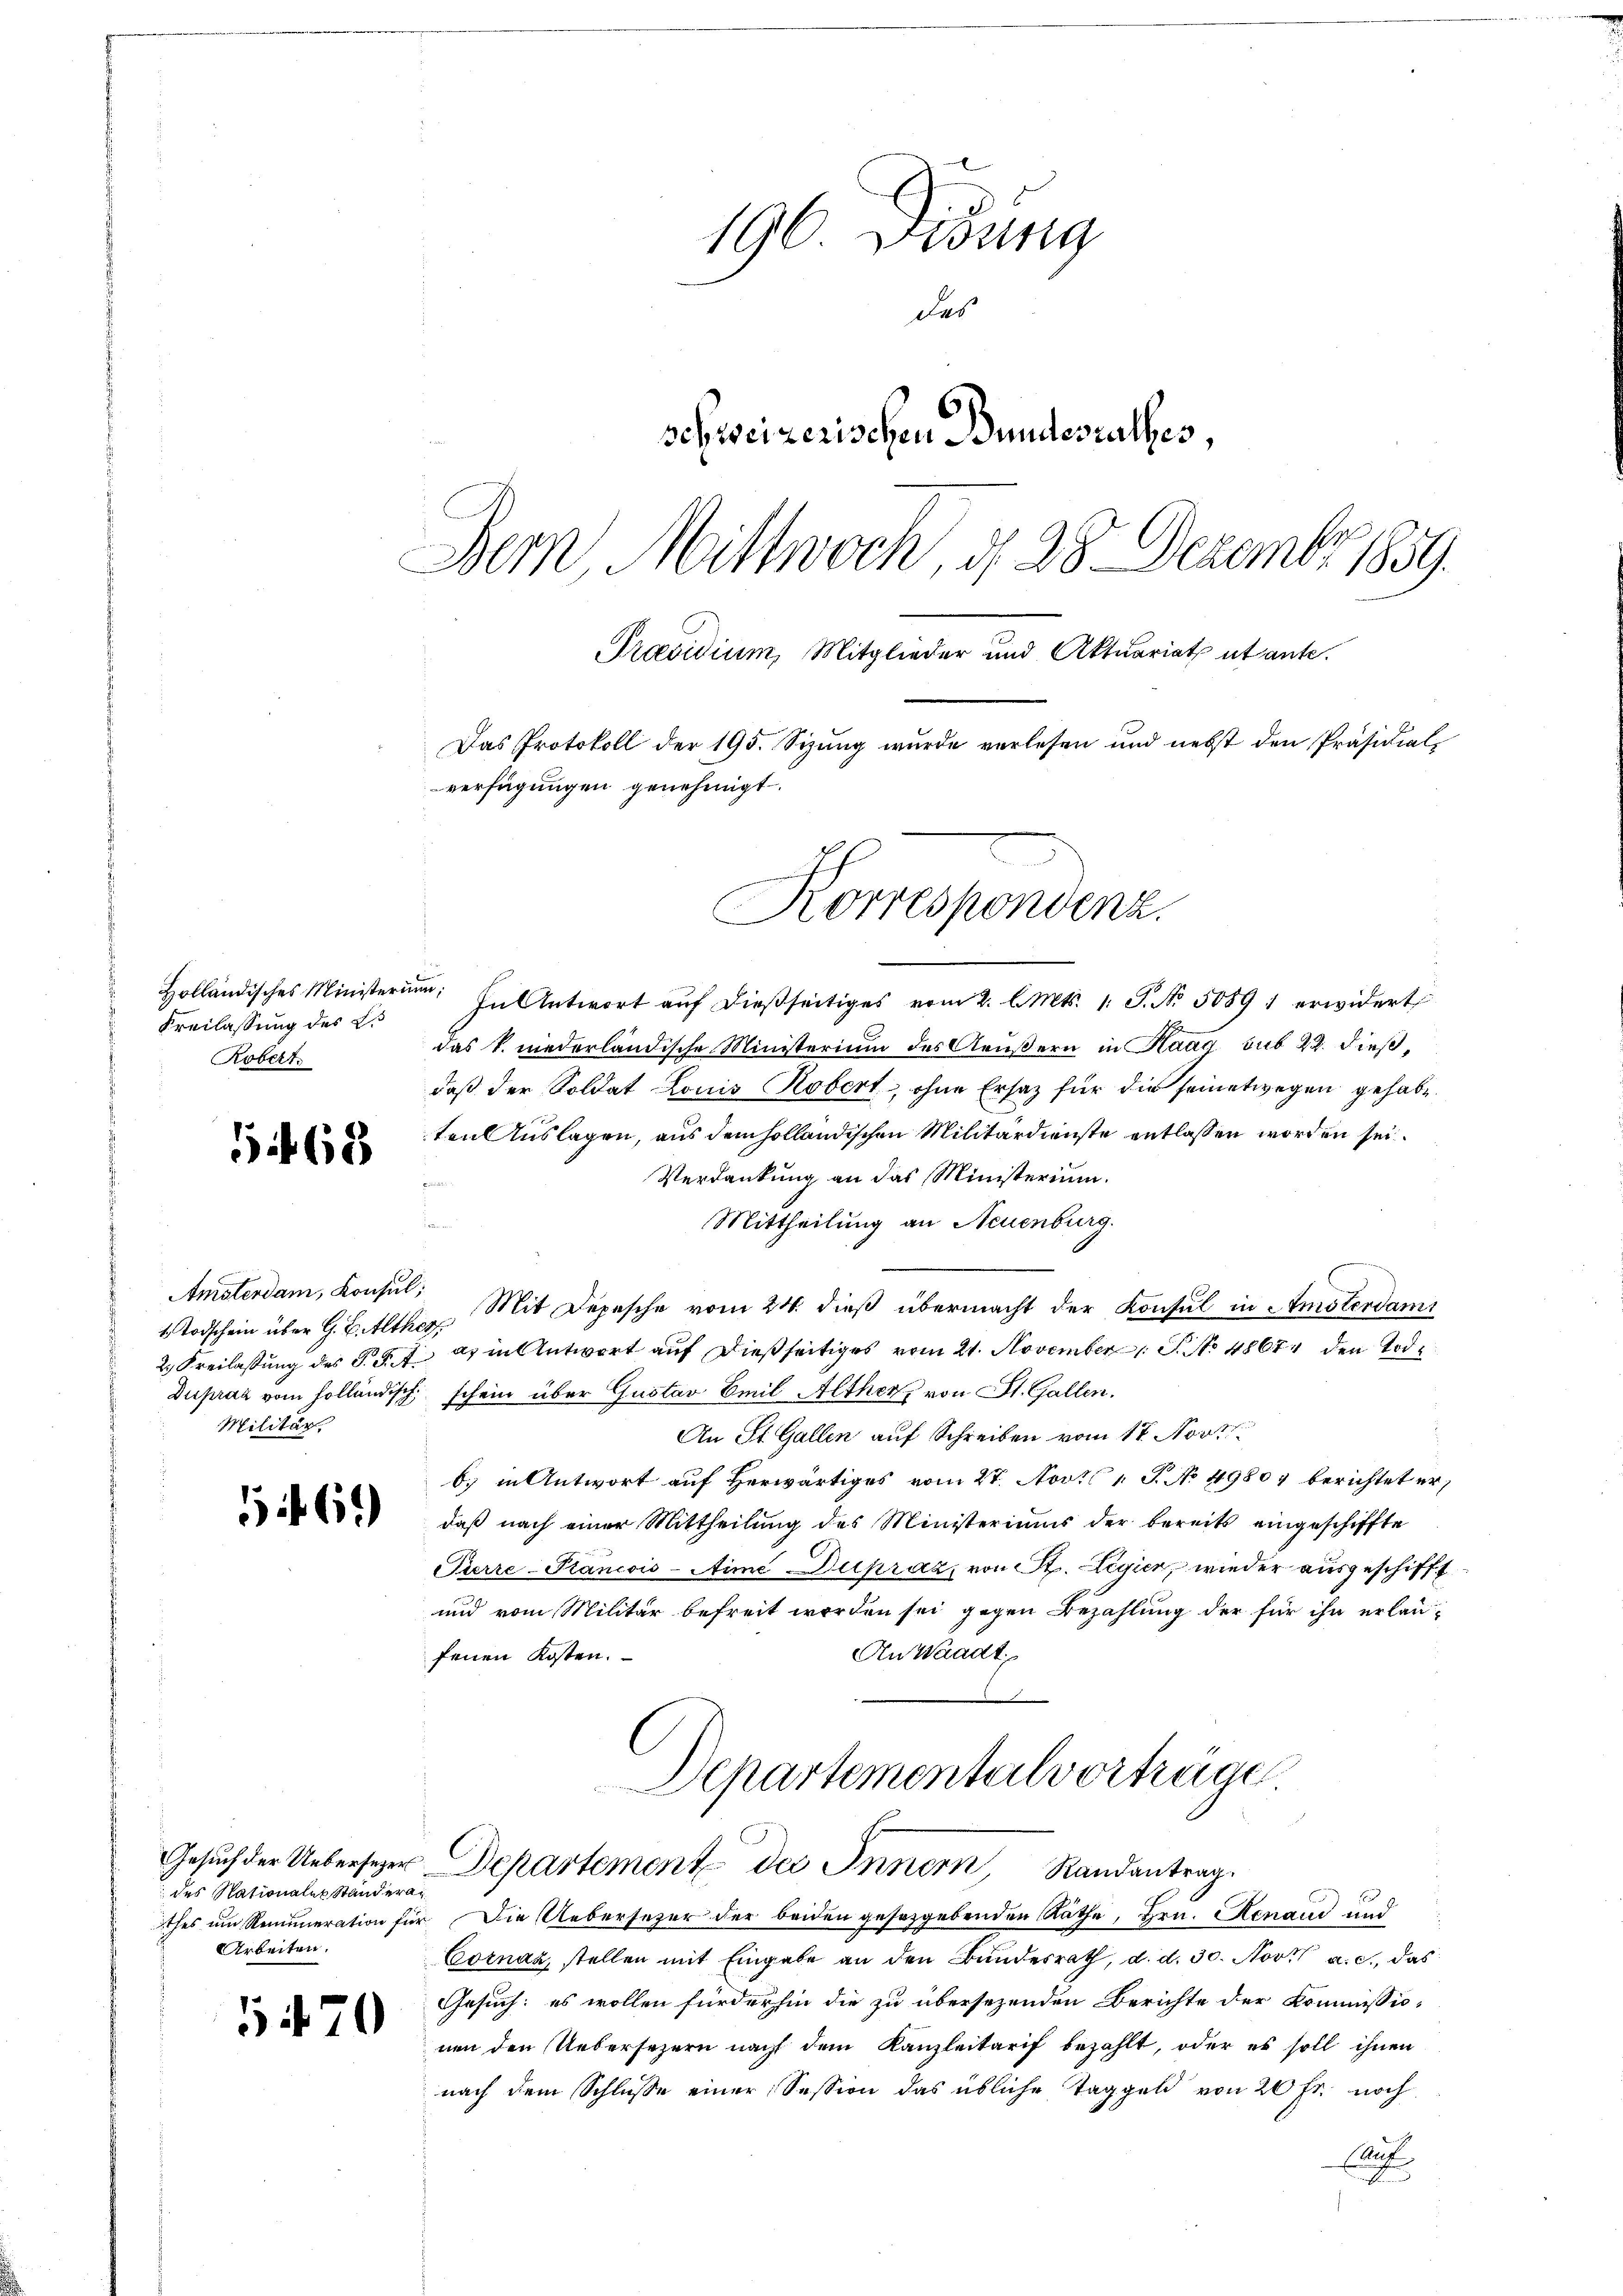
1468

561)

Holländisches Ministerium;
Freilassung des Es
Robert.

Ansterdam, Konsul,
Militär.

des Nationales Standera¬
Arbeiten.

1470

196 Dedung
des
schweizerischen Bundesrathes,
Bern, Mittwoch, d. 28. Dezember 1859.
Praesidium, Mitglieder und Aktuariats et ante.

Korrespondenz.

Gesuch der Uebersezer Departement des Innern, Randantrag

In Antwort aŭf dießseitiges vom 2. l. Mts. 1. S. Nr. 50891 erwidert
das k. niederländische Ministerium des Aeußern in Haag sub 22. dieß,
daß der Soldat Louis Kobert, ohne Ersatz für die seinetwegen gehabe.
ten Auslagen, aus dem holländischen Militärdienste entlassen worden sei.
Verdankung an das Ministerium.
i
Mittheilung an Neuenburg.
Todschein über G. B. Alther Mit Depesche vom 24. dieß übermacht der Konsul in Amsterdami
2. Freilassung des P. F. J. an in Antwort auf dießseitiges vom 21. November 1 S. No 48674 den Tode
Dupraz vom holländisch schein über Gustav Emil Altherz von St. Gallen.
An St. Gallen auf Schreiben vom 17. Novt
b) in Antwort auf Herwärtiges vom 27. Novt 1. P. No 49807 berichtet er,
daß nach einer Mittheilung des Ministeriums der bereits eingeschiffte
Pierre-Plancois-Aime Dupraz, von St. Legier, wieder ausgeschifft
und vom Militär befreit worden sei gegen Bezahlung der für ihn erlau¬
An Waadt,
fenen Kosten.
Departementalvorträge

Das Protokoll der 195. Sizung wurde verlesen und nebst den Präsidial-
verfügungen genehmigt.

thes um Remuneration für Die Uebersezer der beiden gesetzgebenden Räthe, Hrn. Renaud und
Cornaz, stellen mit Eingabe an den Bundesrath, d. d. 30. Nov. a. c., das
Gesuch: es wollen fürderhin die zu übersezenden Berichte der Kommissio-
nen den Uebersezern nach dem Kanzleitarif bezahlt, oder es soll ihnen
nach dem Schlusse einer Session das übliche Taggeld von 20 fr. noch
Sch